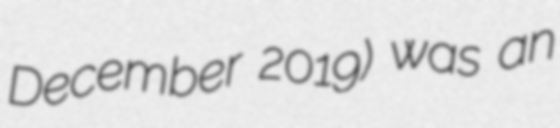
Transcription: December 2019) was an